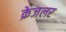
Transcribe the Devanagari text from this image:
क्रेजलर